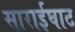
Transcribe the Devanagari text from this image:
साराईघाट